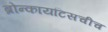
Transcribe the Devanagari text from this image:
ब्रोन्कायटिसचीच